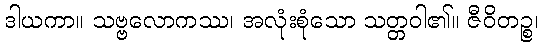
ဒါယကာ။ သဗ္ဗလောကဿ၊ အလုံးစုံသော သတ္တဝါ၏။ ဇီဝိတဉ္စ၊